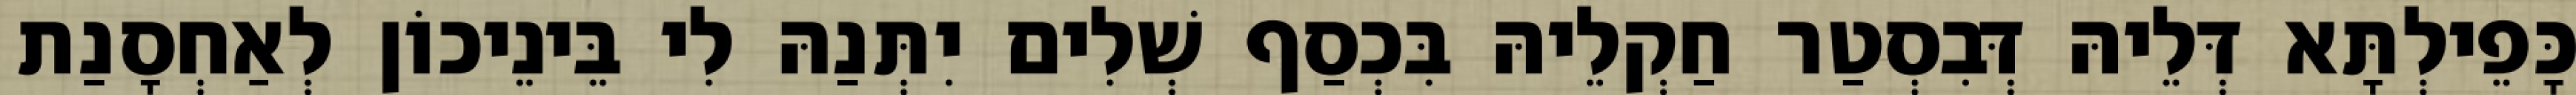
כָּפֵילְתָּא דְּלֵיהּ דְּבִסְטַר חַקְלֵיהּ בִּכְסַף שְׁלִים יִתְּנַהּ לִי בֵּינֵיכוֹן לְאַחְסָנַת